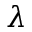
\lambda